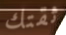
ثقتك